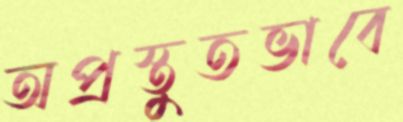
অপ্রস্তুতভাবে